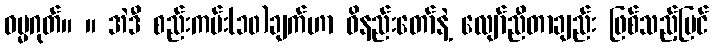
ဓမ္မဂုတ်။ ။ အဲဒီ စည်းကမ်း(၁၀)ချက်ဟာ ဝိနည်းတော်နဲ့ လျော်ညီတာချည်း ဖြစ်သည့်ပြင်